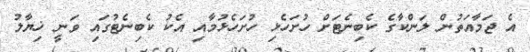
އެ ޖަމާއަތުން ލަންކާގެ ކެބިނެޓަށް ހުށަހެޅި ހުށަހެޅުމާއި އެކު ކެބިނެޓުގައި ވަނީ ޚިޔާލު